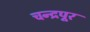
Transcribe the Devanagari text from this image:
चन्द्रपूर